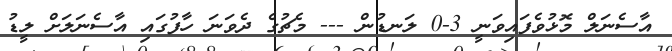
އާސެނަލް މޮޅުވެފައިވަނީ 3-0 ލަނޑުން --- މެޗުގެ ދެވަނަ ހާފުގައި އާސެނަލަށް ލީޑު